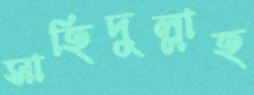
সাহিদুল্লাহ